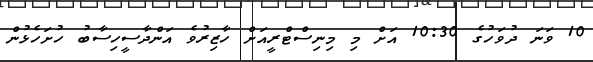
10 ވަނަ ދުވަހުގެ 10:30 އަށް މި މިނިސްޓްރީއަށް ހާޒިރުވެ އަންދާސީހިސާބު ހުށަހެޅުން